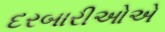
દરબારીઓએ